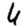
Digit: 6